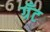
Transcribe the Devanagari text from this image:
ग्रॅंट